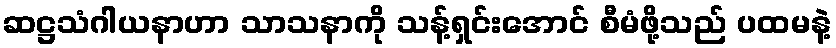
ဆဋ္ဌသံဂါယနာဟာ သာသနာကို သန့်ရှင်းအောင် စီမံဖို့သည် ပထမနဲ့